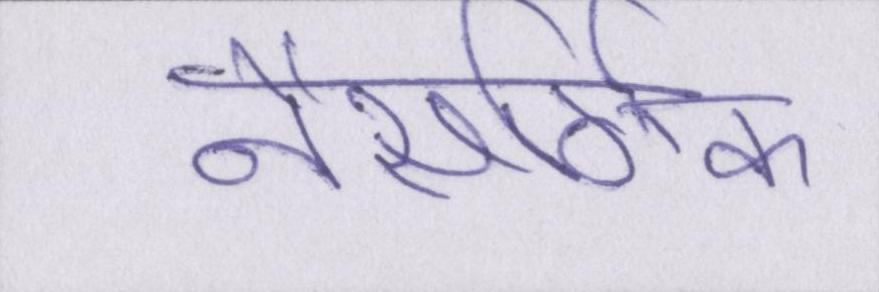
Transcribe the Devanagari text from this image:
नैसर्गिक